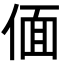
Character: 偭